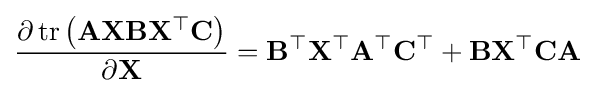
{\frac {\partial \operatorname {tr} \left(\mathbf {AXBX^{\top }C} \right)}{\partial \mathbf {X} }}=\mathbf {B^{\top }X^{\top }A^{\top }C^{\top }} +\mathbf {BX^{\top }CA}